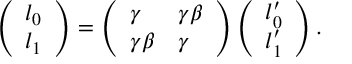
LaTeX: \left( \begin{array} { l } { { l _ { 0 } } } \\ { { l _ { 1 } } } \end{array} \right) = \left( \begin{array} { l l } { { \gamma } } & { { \gamma \beta } } \\ { { \gamma \beta } } & { { \gamma } } \end{array} \right) \left( \begin{array} { l } { { l _ { 0 } ^ { \prime } } } \\ { { l _ { 1 } ^ { \prime } } } \end{array} \right) .